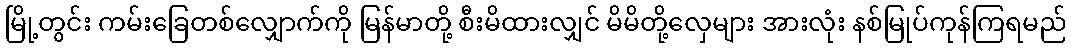
မြို့တွင်း ကမ်းခြေတစ်လျှောက်ကို မြန်မာတို့ စီးမိထားလျှင် မိမိတို့လှေများ အားလုံး နစ်မြုပ်ကုန်ကြရမည်